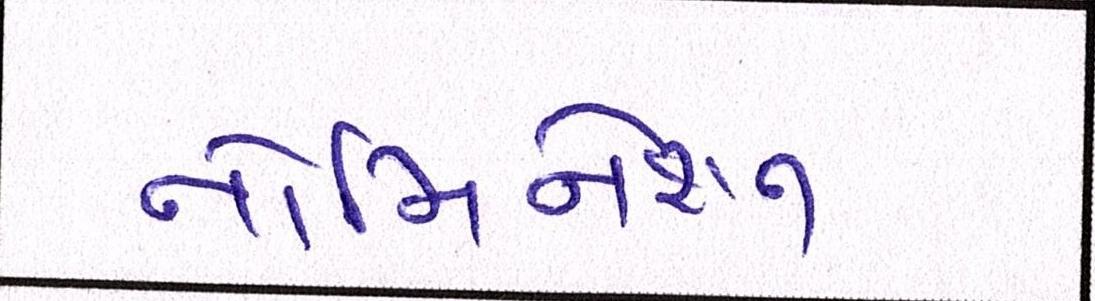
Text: નોમિનેશન